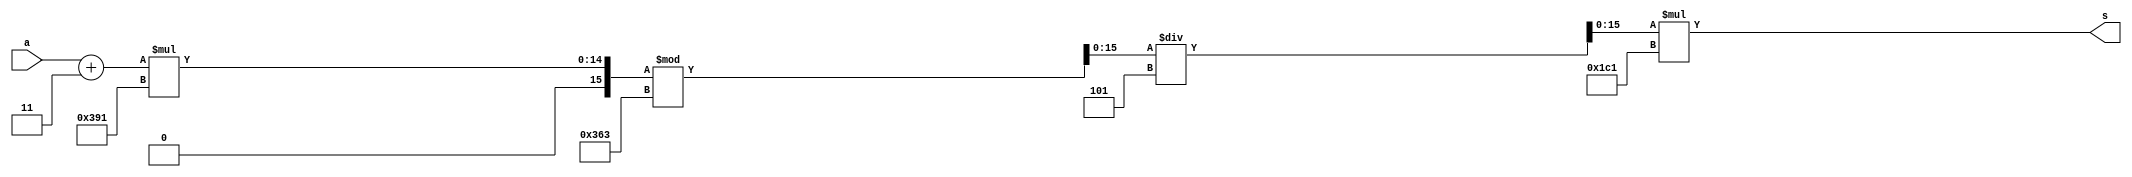
// Bloco de criptogradia de  1 entrada de 4 bits.  Sada de 16 bits

module criptografia (a, s);
	input [3:0] a;
	output [15:0] s;
	wire [15:0] w1, w2, w3, w4, w5, w6;

	assign w1 = a;
	assign w2 = w1 + 3;
	assign w3 = w2 * 913;
	assign w4 = w3 % 867;
	assign w5 = w4 / 5;
	assign w6 = w5 * 449;
	
	assign s = w6;

endmodule